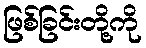
ဖြစ်ခြင်းတို့ကို